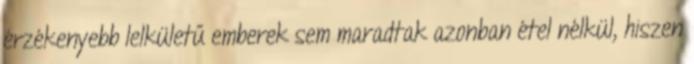
érzékenyebb lelkületű emberek sem maradtak azonban étel nélkül, hiszen